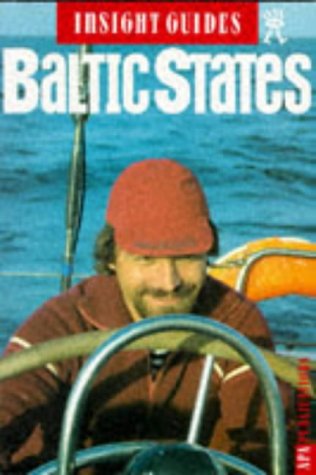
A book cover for Baltic States Insight Guide (Insight Guides); Travel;